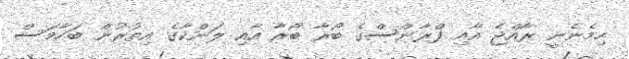
ހިމެނެނީ ރާއްޖެ އާއި ފްރާންސްގެ ބޯރާ ބޯރާ އާއި ލަންކާގެ އިތުރުން ބަހާމަސް